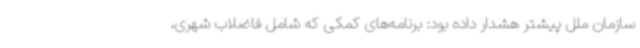
سازمان ملل پیشتر هشدار داده بود: برنامه‌های کمکی که شامل فاضلاب شهری،